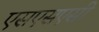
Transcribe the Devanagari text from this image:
एसएसएसी